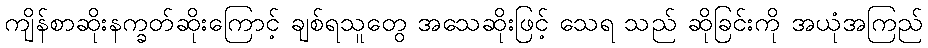
ကျိန်စာဆိုးနက္ခတ်ဆိုးကြောင့် ချစ်ရသူတွေ အသေဆိုးဖြင့် သေရ သည် ဆိုခြင်းကို အယုံအကြည်